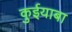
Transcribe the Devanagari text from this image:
कुईयाबा